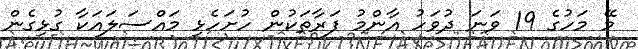
މޭ މަހުގެ 19 ވަނަ ދުވަހު އާންމު ފަރާތަކުން ހުށަހެޅި މައްސަލައަކާ ގުޅިގެން